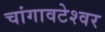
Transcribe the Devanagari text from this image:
चांगावटेश्वर